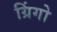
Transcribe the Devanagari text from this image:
ग्रिंगो